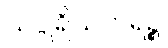
သပ္ပုရိသတရဉ္စ